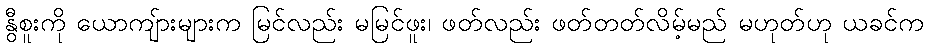
နွီစူးကို ယောကျ်ားများက မြင်လည်း မမြင်ဖူး၊ ဖတ်လည်း ဖတ်တတ်လိမ့်မည် မဟုတ်ဟု ယခင်က